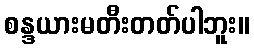
စန္ဒယားမတီးတတ်ပါဘူး။